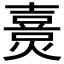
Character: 𤏴